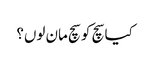
کیا سچ کو سچ مان لوں؟